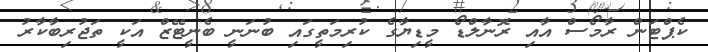
ކެޕްޓަން ރާމޯސް އާއި ރޮނާލްޑޯ މީޑިޔާގެ ކުރިމަތީގައި ބުނަނީ ބެނީޓޭޒް އަކީ ތަޖުރިބާކާރު